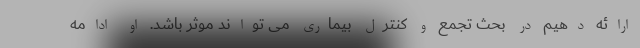
ارائه دهیم در بحث تجمع و کنترل بیماری می تواند موثر باشد. او ادامه